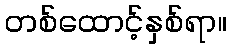
တစ်ထောင့်နှစ်ရာ။